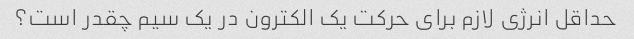
حداقل انرژی لازم برای حرکت یک الکترون در یک سیم چقدر است؟